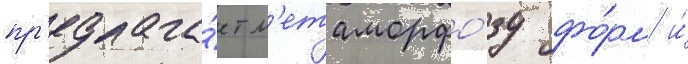
пр'едлага́ет м'етаморфо́зу фо́рм и́